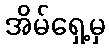
အိမ်ရှေ့မှ